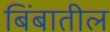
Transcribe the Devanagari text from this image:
बिंबातील